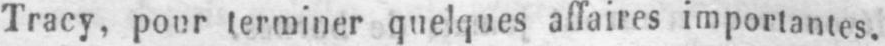
Tracy, pour terminer quelques affaires importantes.